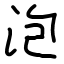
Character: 泡